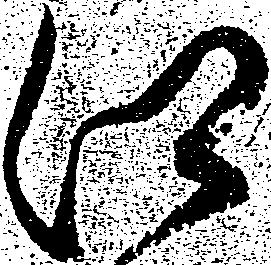
江